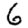
Digit: 6